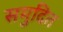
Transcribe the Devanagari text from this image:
समुदित